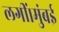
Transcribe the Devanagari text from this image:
लगीं।मुंबई